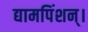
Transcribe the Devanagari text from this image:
द्यामपिंशन्।